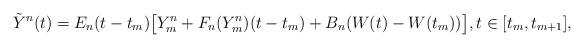
LaTeX: \begin{align*}\tilde{Y}^{n}(t) = E_n( t - t_m) \big[ Y_m^{n} + F_n (Y_m^{n}) (t-t_m) + B_n ( W(t) - W(t_m) ) \big], t \in [t_m, t_{m+1}],\end{align*}